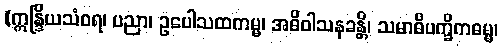
(ဣန္ဒြိယသံဝရ၊ ပညာ၊ ဥပေါသထကမ္မ၊ အဓိဝါသနခန္တိ၊ သမာဓိပက္ခိကဓမ္မ၊